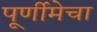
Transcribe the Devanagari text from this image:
पूर्णीमेचा